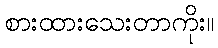
စားထားသေးတာကိုး။